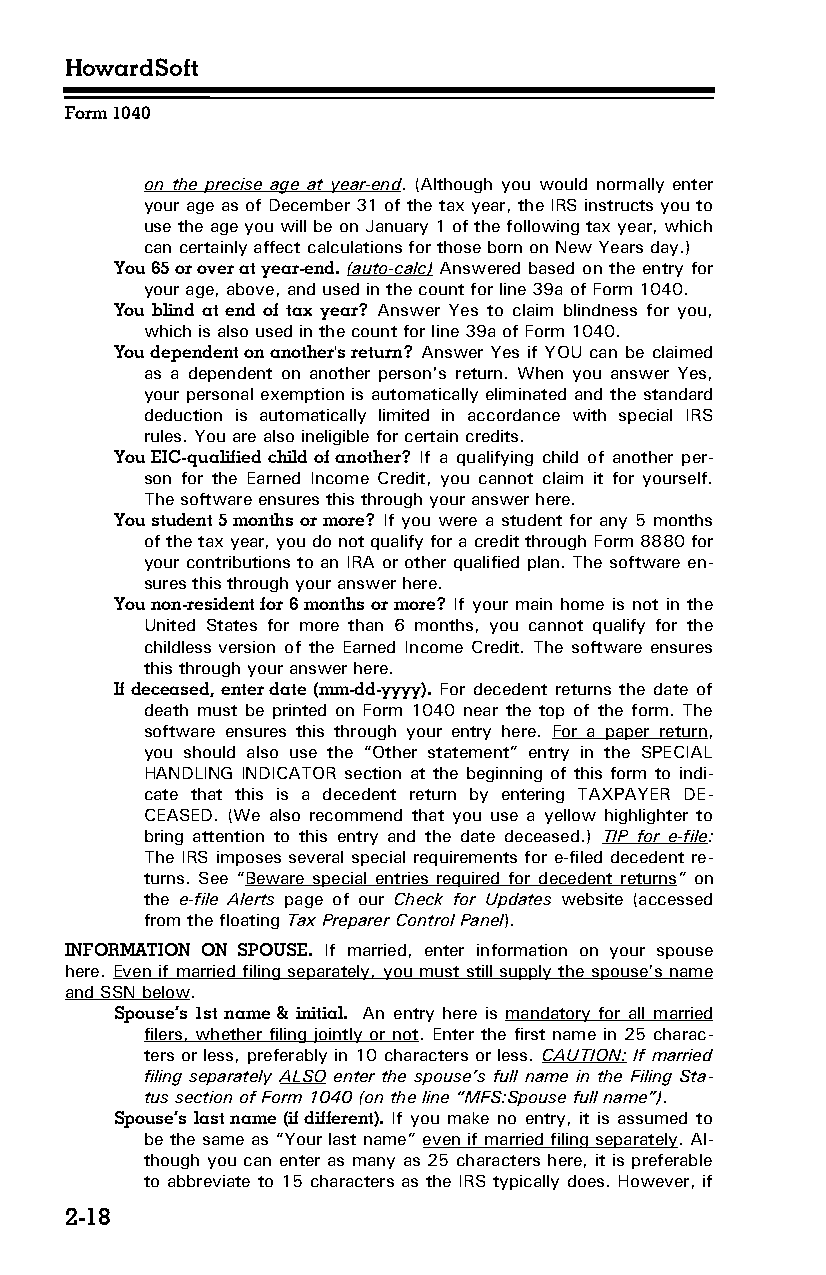
HowardSoft
 Form 1040
 on the precise age at year-end. (Although you would normally enter
 your age as of December 31 of the tax year, the IRS instructs you to
 use the age you will be on January 1 of the following tax year, which
 can certainly affect calculations for those born on New Years day.)
 You 65 or over at year-end. (auto-calc) Answered based on the entry for
 your age, above, and used in the count for line 39a of Form 1040.
 You blind at end of tax year? Answer Yes to claim blindness for you,
 which is also used in the count for line 39a of Form 1040.
 You dependent on another's return? Answer Yes if YOU can be claimed
 as a dependent on another person's return. When you answer Yes,
 your personal exemption is automatically eliminated and the standard
 deduction is automatically limited in accordance with special IRS
 rules. You are also ineligible for certain credits.
 You EIC-qualified child of another? If a qualifying child of another per­
 son for the Earned Income Credit, you cannot claim it for yourself.
 The software ensures this through your answer here.
 You student 5 months or more? If you were a student for any 5 months
 of the tax year, you do not qualify for a credit through Form 8880 for
 your contributions to an IRA or other qualified plan. The software en­
 sures this through your answer here.
 You non-resident for 6 months or more? If your main home is not in the
 United States for more than 6 months, you cannot qualify for the
 childless version of the Earned Income Credit. The software ensures
 this through your answer here.
 If deceased, enter date (mm-dd-yyyy). For decedent returns the date of
 death must be printed on Form 1040 near the top of the form. The
 software ensures this through your entry here. For a paper return,
 you should also use the “Other statement” entry in the SPECIAL
 HANDLING INDICATOR section at the beginning of this form to indi­
 cate that this is a decedent return by entering TAXPAYER DE­
 CEASED. (We also recommend that you use a yellow highlighter to
 bring attention to this entry and the date deceased.) TIP for e-file:
 The IRS imposes several special requirements for e-filed decedent re­
 turns. See “Beware special entries required for decedent returns” on
 the e-file Alerts page of our Check for Updates website (accessed
 from the floating Tax Preparer Control Panel).
 INFORMATION ON SPOUSE. If married, enter information on your spouse
 here. Even if married filing separately, you must still supply the spouse’s name
 and SSN below.
 Spouse’s 1st name & initial. An entry here is mandatory for all married
 filers, whether filing jointly or not. Enter the first name in 25 charac­
 ters or less, preferably in 10 characters or less. CAUTION: If married
 filing separately ALSO enter the spouse’s full name in the Filing Sta­
 tus section of Form 1040 (on the line “MFS:Spouse full name”).
 Spouse’s last name (if different). If you make no entry, it is assumed to
 be the same as “Your last name” even if married filing separately. Al­
 though you can enter as many as 25 characters here, it is preferable
 to abbreviate to 15 characters as the IRS typically does. However, if
 2-18